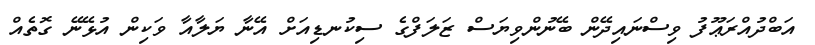
އަބްދުއްރަޢޫފު ވިސްނައިދޭން ބޭނުންވިޔަސް ޒަލަފްގެ ސިކުނޑިއަށް އޭނާ ޔަލާއާ ވަކިން އުޅޭނޭ ގޮތެއް